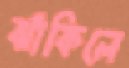
ঝাঁকিলে